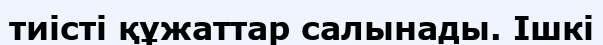
тиісті құжаттар салынады. Ішкі